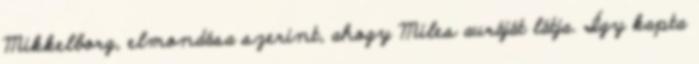
Mikkelborg, elmondása szerint, ahogy Miles auráját látja. Így kapta